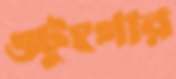
ওটুংগার